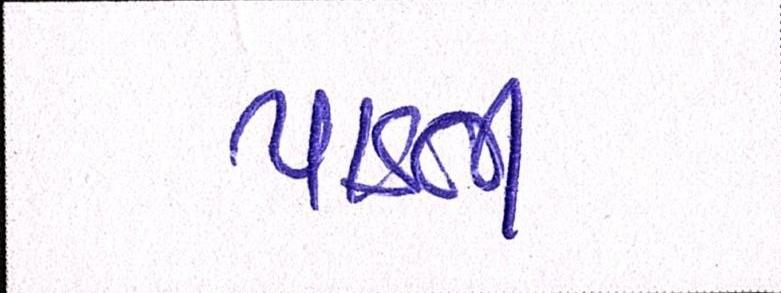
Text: પાડતી